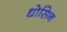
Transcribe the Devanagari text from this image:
धोसिन